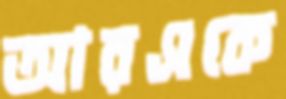
আরএকে